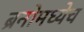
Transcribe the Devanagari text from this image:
ब्रनोमध्येच